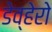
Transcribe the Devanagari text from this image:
डेव्हेरो